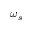
\omega _ { s }